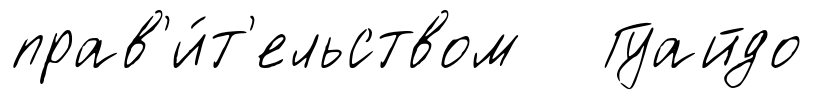
прав'и́т'ельством Гуайдо